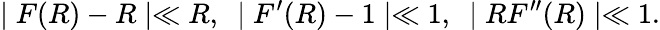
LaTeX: \mid F(R)-R\mid\ll R,~\mid F^{\prime}(R)-1\mid\ll 1,~\mid RF^{\prime\prime}(R)\mid\ll 1.